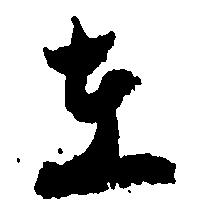
在